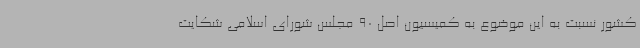
کشور نسبت به این موضوع به کمیسیون اصل 90 مجلس شورای اسلامی شکایت